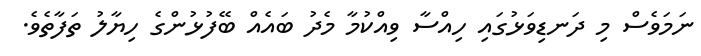
ނަމަވެސް މި ދަނޑިވަޅުގައި ހިއްސާ ވިއްކުމާ މެދު ބައެއް ބޭފުޅުންގެ ހިޔާލު ތަފާތެވެ.